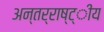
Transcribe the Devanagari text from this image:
अन्तर्राष्ट्ीय